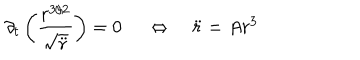
\partial _ { t } \left( \frac { r ^ { 3 / 2 } } { \sqrt { \ddot { r } } } \right) = 0 \ \quad \Leftrightarrow \quad \ddot { r } = A r ^ { 3 }